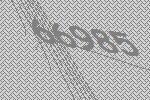
66985